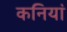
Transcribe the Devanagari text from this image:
कनियां